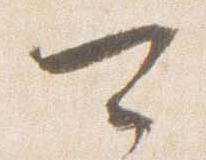
可